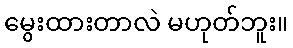
မွေးထားတာလဲ မဟုတ်ဘူး။